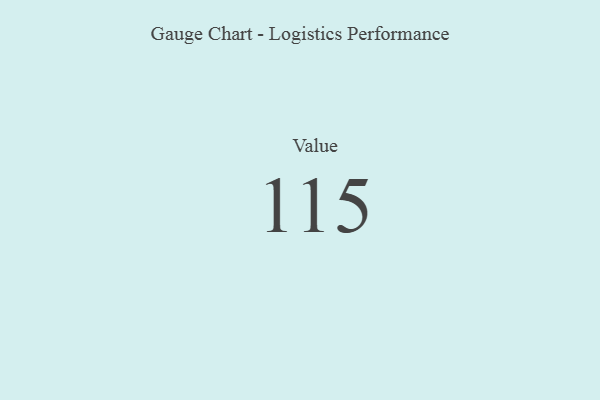
{"axis": {"x": "Metric", "y": "Value"}, "legend": [""], "data": [{"x": "Value", "y": 115, "type": ""}]}